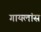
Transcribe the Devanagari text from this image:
गायलांस